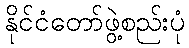
နိုင်ငံတော်ဖွဲ့စည်းပုံ